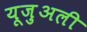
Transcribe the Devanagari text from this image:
यूज़ुअली